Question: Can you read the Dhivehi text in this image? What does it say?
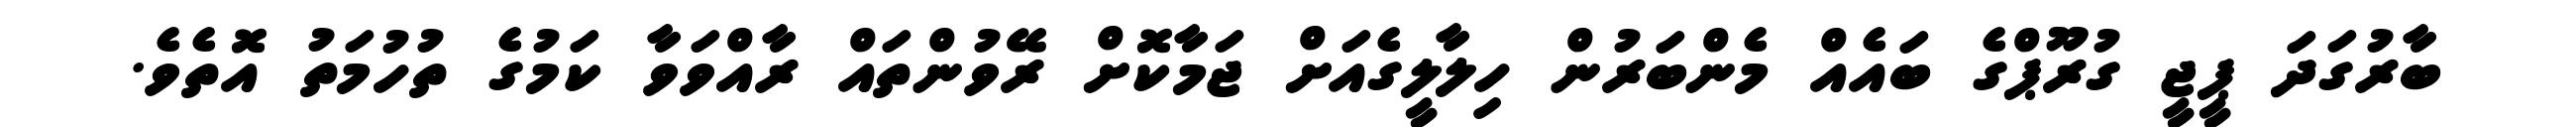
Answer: ބާރުގަދަ ޕީޖީ ގުރޫޕްގެ ބައެއް މެންބަރުން ހިލާލީގެއަށް ޖަމާކޮށް ރޭވުންތައް ރާއްވަވާ ކަމުގެ ތުހުމަތު އޮތެވެ.